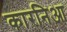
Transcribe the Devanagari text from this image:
कारनिआ